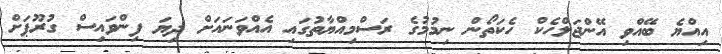
އިއްޔެ ބޭއްވި އޭންޖަލްހެކް ހެކަތޯން ނިމުމުގެ ރަސްމިއްޔާތުގައި އެއްވަނައަށް ދިޔަ ފިންވައިސް ގުރޫޕަށް